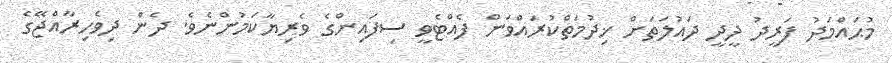
މުޙައްމަދު ފަރީދު ދީދީ ދައުލަތަށް ޚިދުމަތްކުރައްވަން ފެއްޓެވީ ސިފައިންގެ ވެރިޔާކަމުންނެވެ. ދެން ދިވެހިރާއްޖޭގެ